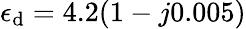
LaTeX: \epsilon_{\mathrm{d}}=4.2(1-j0.005)